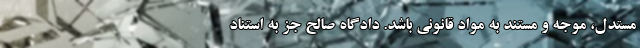
مستدل، موجه و مستند به مواد قانونی باشد. دادگاه صالح جز به استناد